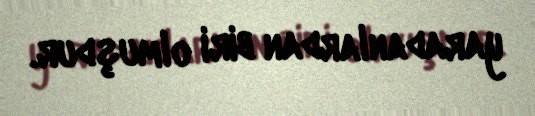
yaradanlardan biri olmuşdur.